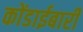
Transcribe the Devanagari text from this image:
कोंडाईबारी